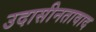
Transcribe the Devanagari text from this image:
उदासीनतावाद